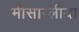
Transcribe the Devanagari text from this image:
मीसाग्लीया